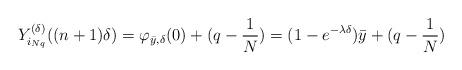
LaTeX: \begin{align*} Y_{i_{Nq}}^{(\delta )} ((n+1) \delta ) = \varphi_{ \bar y, \delta } ( 0 ) + (q - \frac1N ) = ( 1 - e^{ - \lambda \delta} ) \bar y + (q - \frac1N ) \end{align*}